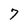
Character: 7